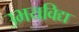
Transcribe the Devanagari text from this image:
उभयविद्य